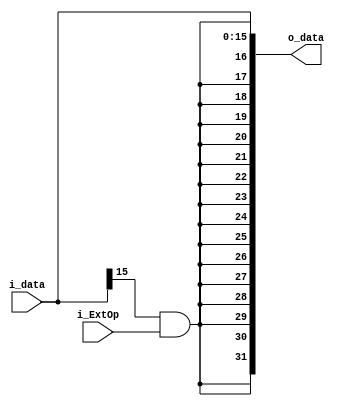
//Extender
`timescale 1ns/1ps

module Extender(i_data, 
				i_ExtOp,//1=signed Extend, 0 = unsigned Extend
				o_data
				);

input [15:0] i_data;
input i_ExtOp;

output reg [31:0] o_data;

reg [15:0] ext;

always@*begin
	ext = {16{i_data[15]&i_ExtOp}};
	o_data = {ext,i_data};
end

endmodule